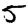
Digit: 5